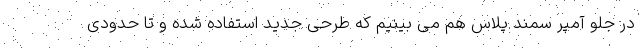
در جلو آمپر سمند پلاس هم می بینیم که طرحی جدید استفاده شده و تا حدودی